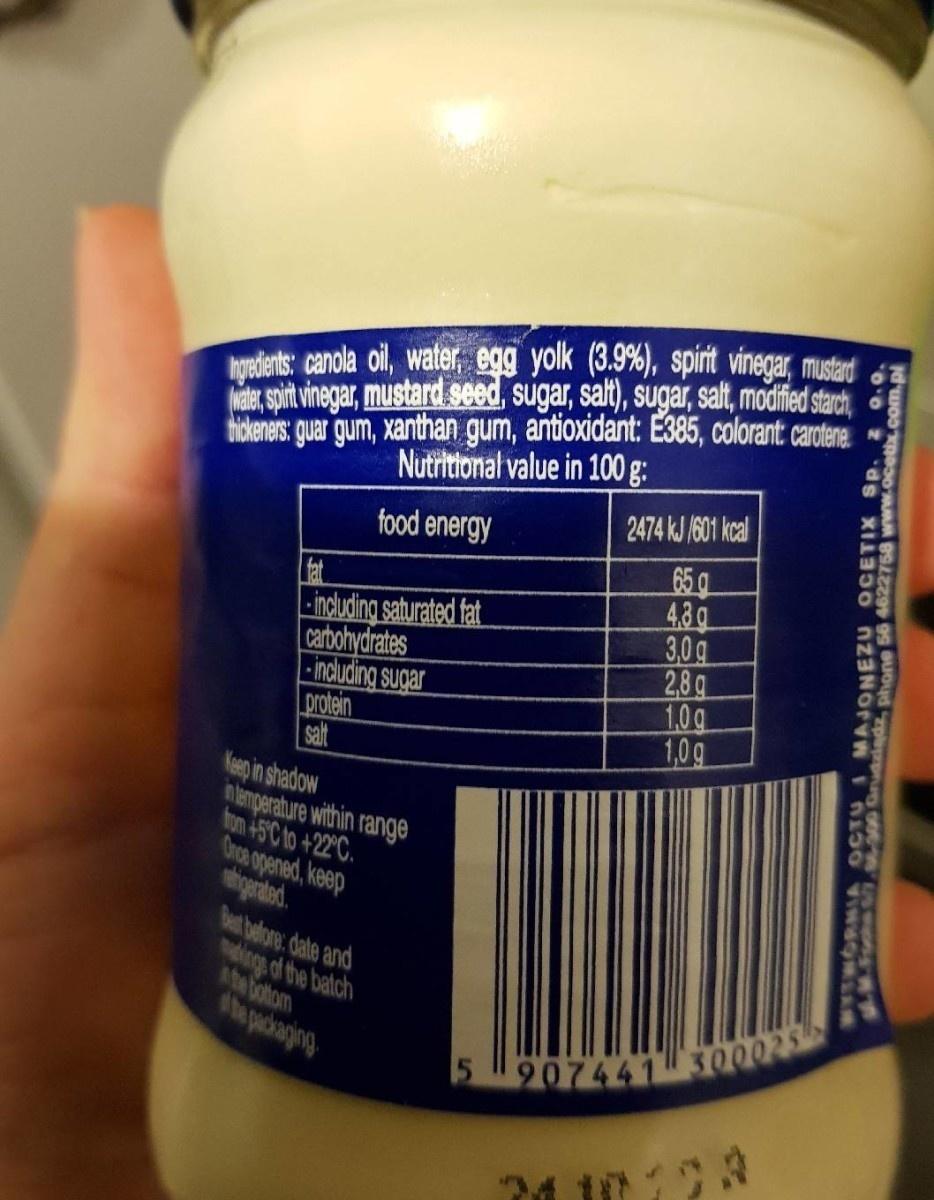
hopdents: canola oil, water, egg yolk (3.9%), spirit vinegar, mustand Nade, spit vinegar, mustard seed, sugar, salt), sugar, salt, modfie stach hickeners guar gum, xanthan gum, antioxidant: E385, colorant: carotene
Nutritional value in 100 g:
2474 kJ 1601 kcal
food energy
fat - ncluding saturated fat. carbohydrates -including sugar protein salt Keep in shadow nlemperature within range fom 45°C to +22°C. Oroa opened, keep
65 g 48g 3.0g 2,8g 1.0g 1,0g
best belore: date and ings of the batch ste botom te packaging
2907441l 300023
WYSMORNI OCTU I AM 00 Gr JONEZU OCETIX SP.
phone 56 4622758 www.ocetix.c